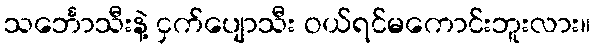
သင်္ဘောသီးနဲ့ ငှက်ပျောသီး ဝယ်ရင်မကောင်းဘူးလား။